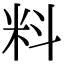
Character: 料